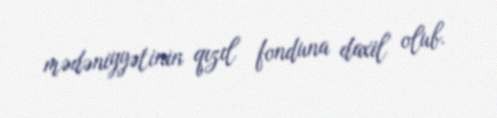
mədəniyyətinin qızıl fonduna daxil olub.